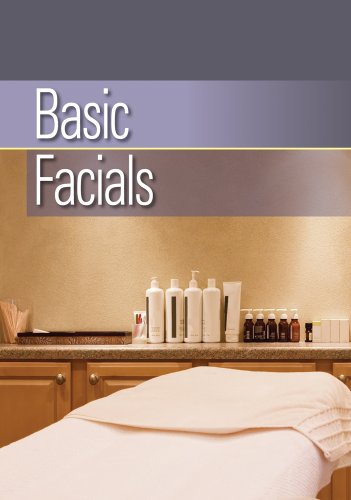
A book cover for Basic Facials; Milady; Health, Fitness & Dieting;